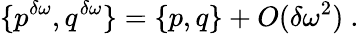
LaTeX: \{ p^{\delta\omega},q^{\delta\omega}\} =\{ p,q\} +O(\delta\omega^{2})\ .